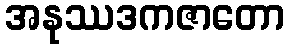
အနုဿဒကဇာတော